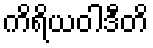
ကိရိယဝါဒီတိ